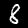
Digit: 8